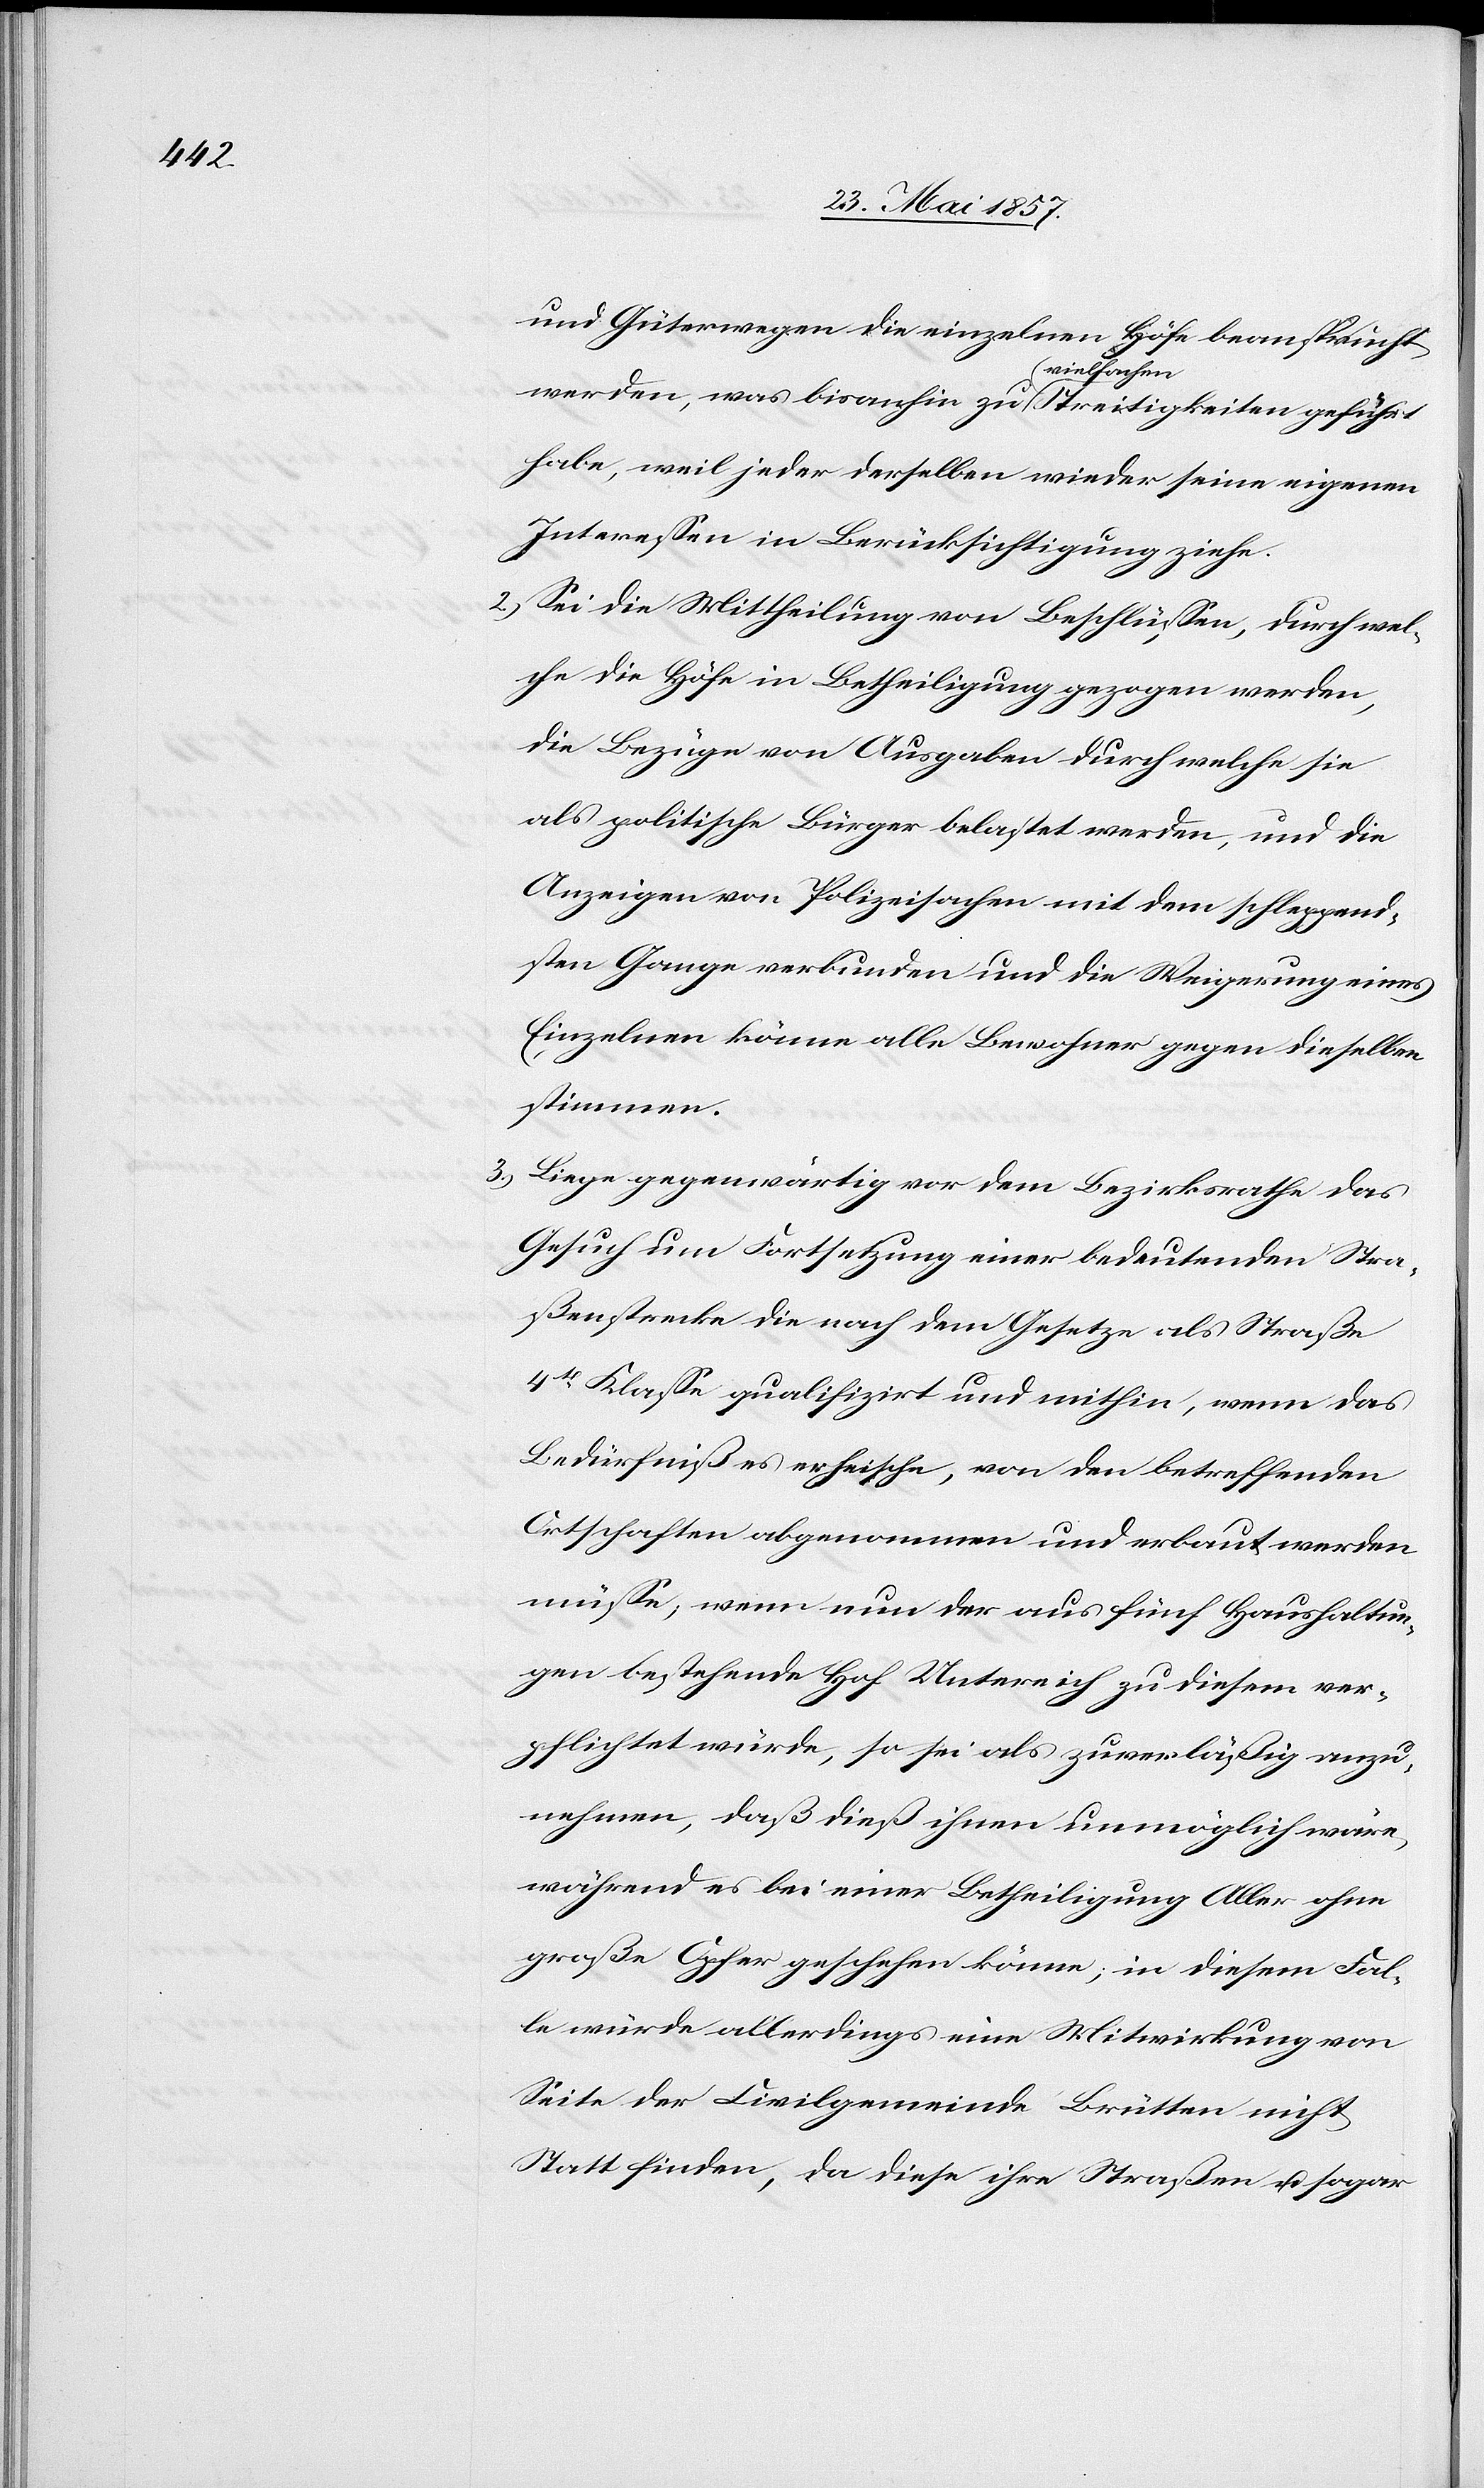
und Güterwegen die einzelnen Höfe beansprucht
werden, was bisanhin zu vielfachen Streitigkeiten geführt
habe, weil jeder derselben wieder seine eigenen
Interessen in Berücksichtigung ziehe.
2.) Sei die Mittheilung von Beschlüssen, durch wel¬
che die Höfe in Betheiligung gezogen werden,
die Bezüge von Ausgaben durch welche sie
als politische Bürger belastet werden, und die
Anzeigen von Polizeisachen mit dem schleppend¬
sten Gange verbunden und die Weigerung eines
Einzelnen könne alle Bewohner gegen dieselben
stimmen.
3.) Liege gegenwärtig vor dem Bezirksrathe das
Gesuch um Fortsetzung einer bedeutenden Stra¬
ßenstrecke die nach dem Gesetze als Straße
4tr Klasse qualifizirt und mithin, wenn das
Bedürfniß es erheische, von den betreffenden
Ortschaften abgenommen und erbaut werden
müsse, wenn nun der aus fünf Haushaltun¬
gen bestehende Hof Untereich zu diesem ver¬
pflichtet würde, so sei als zuverläßig anzu¬
nehmen, daß dieß ihnen unmöglich wäre,
während es bei einer Betheiligung Aller ohne
große Opfer geschehen könne; in diesem Fal¬
le würde allerdings eine Mitwirkung von
Seite der Civilgemeinde Brütten nicht
Statt finden, da diese ihre Straßen & sogar